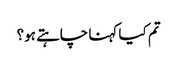
تم کیا کہنا چاہتے ہو؟